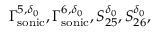
\Gamma _ { \mathrm { s o n i c } } ^ { 5 , \delta _ { 0 } } , \Gamma _ { \mathrm { s o n i c } } ^ { 6 , \delta _ { 0 } } , S _ { 2 5 } ^ { \delta _ { 0 } } , S _ { 2 6 } ^ { \delta _ { 0 } } ,